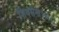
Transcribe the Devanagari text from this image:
शिवसेना।।२।।